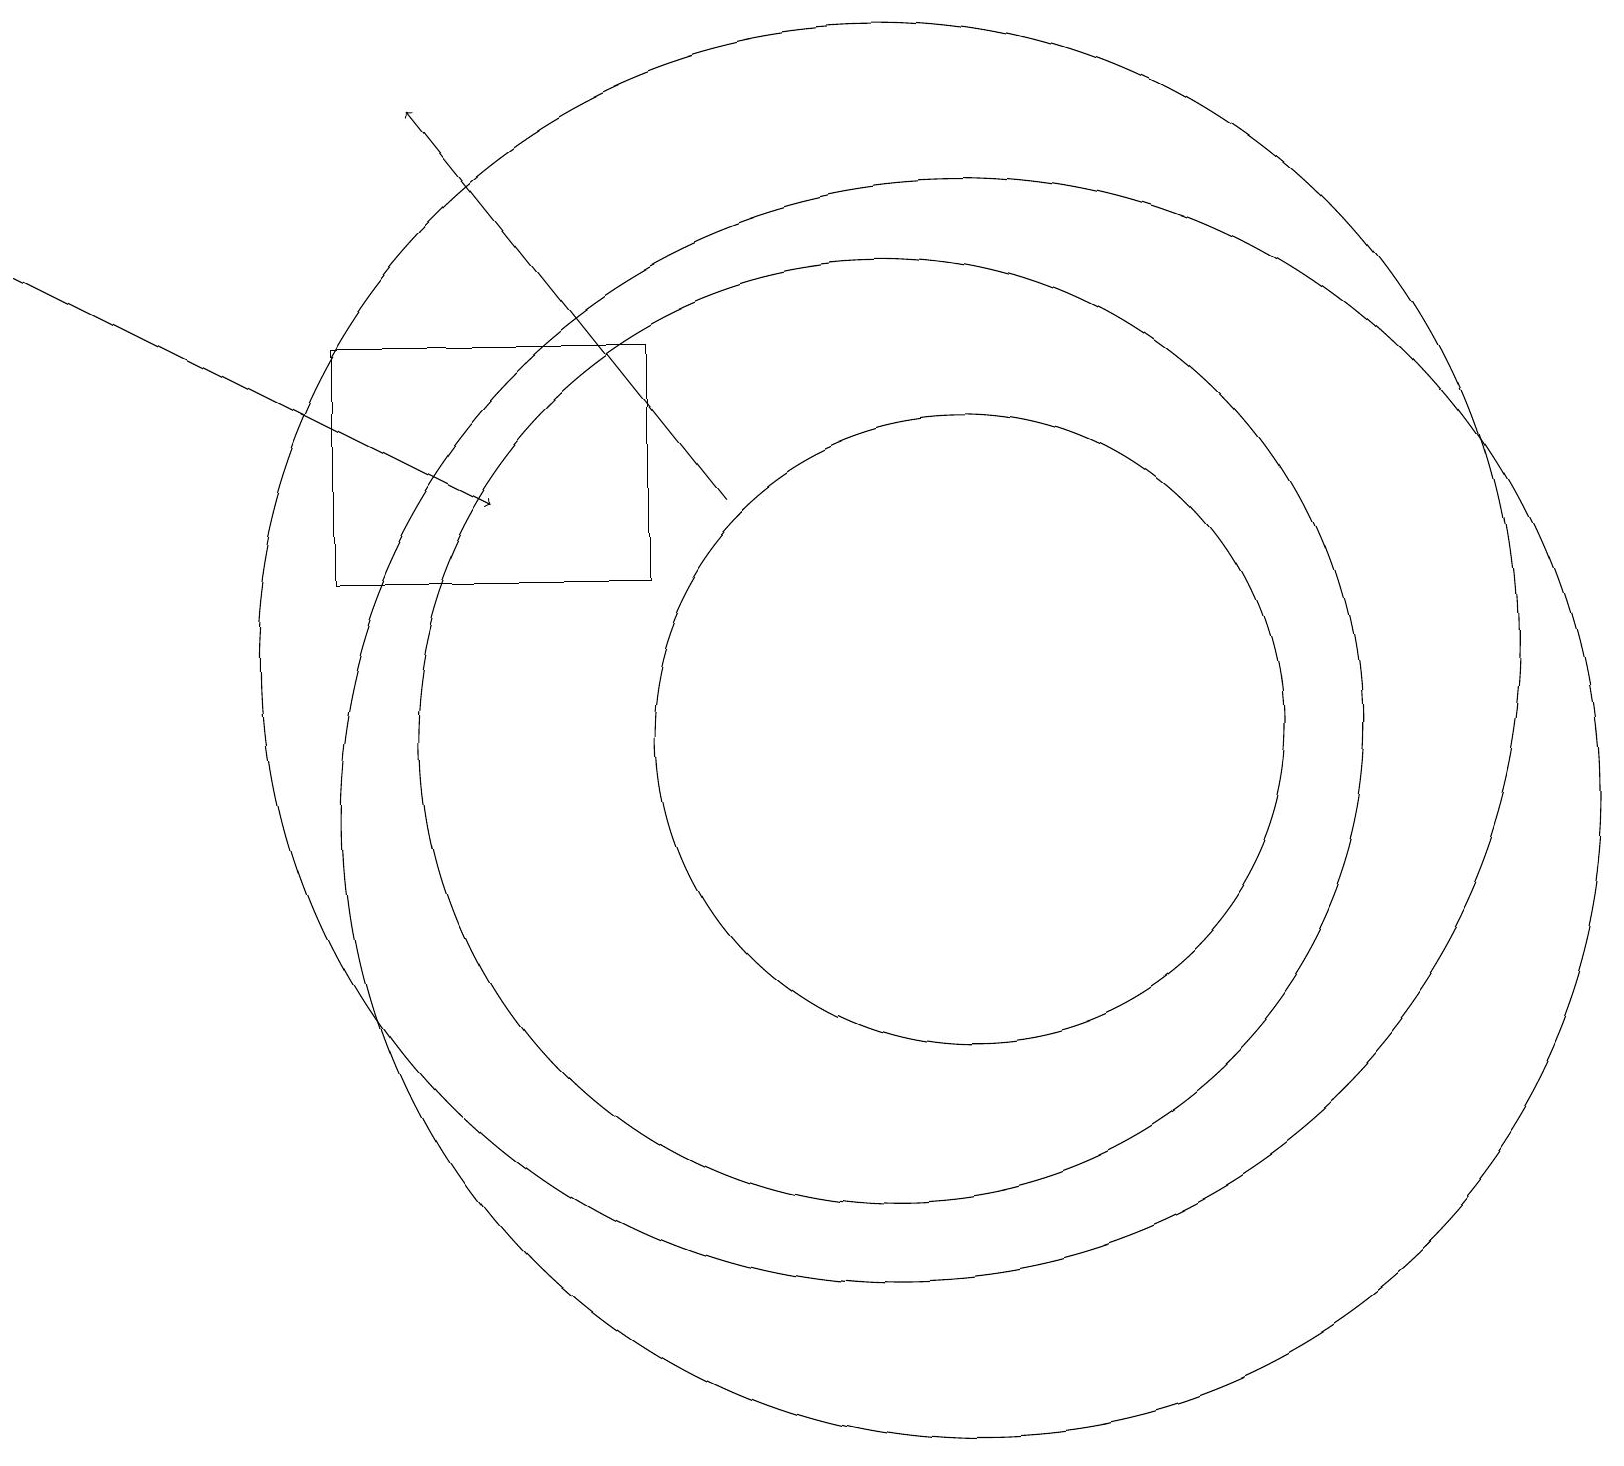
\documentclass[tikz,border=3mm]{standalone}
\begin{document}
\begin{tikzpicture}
\draw[->] (0,17) -- (6,14);
\draw (12,10) circle (8);
\draw (12,11) circle (4);
\draw[->] (9,14) -- (5,19);
\draw (8,16) rectangle (4,13);
\draw (11,11) circle (6);
\draw (11,12) circle (8);
\draw (10,12) circle (0);
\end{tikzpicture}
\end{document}